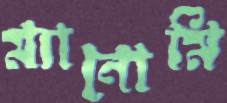
ম্যানোমি